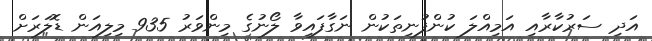
އަދި ސަރުކާރާއި އަމިއްލަ ކުންފުނިތަކުން ނަގާފައިވާ ލޯނުގެ މިންވަރު 935 މިލިއަން ޑޮލަރަށް